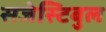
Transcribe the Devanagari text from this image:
सजेस्टिबुल